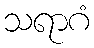
သရာဂံ